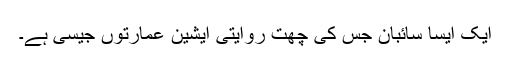
ایک ایسا سائبان جس کی چھت روایتی ایشین عمارتوں جیسی ہے۔